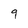
Character: 9